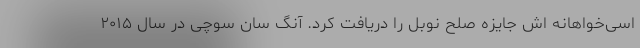
اسی‌خواهانه اش جایزه صلح نوبل را دریافت کرد. آنگ سان سوچی در سال ۲۰۱۵